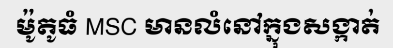
ម៉ូតូធំ MSC មានលំនៅក្នុងសង្កាត់